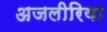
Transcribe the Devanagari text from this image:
अजलीरिया